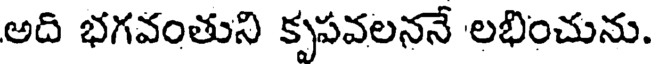
అది భగవంతుని కృపవలననే లభించును.